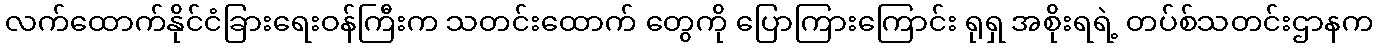
လက်ထောက်နိုင်ငံခြားရေးဝန်ကြီးက သတင်းထောက် တွေကို ပြောကြားကြောင်း ရုရှ အစိုးရရဲ့ တပ်စ်သတင်းဌာနက